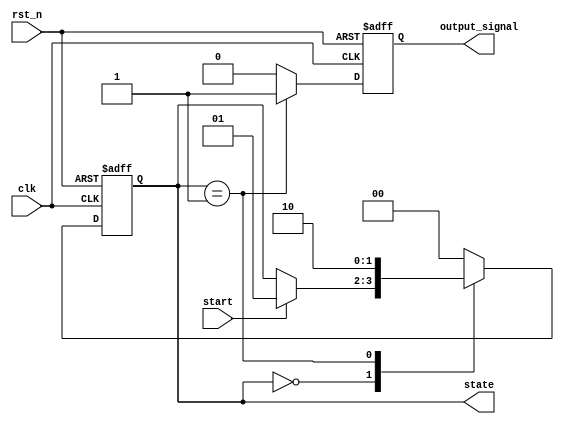
module fsm_example (
    input wire clk,          // Clock signal
    input wire rst_n,       // Active-low reset signal
    input wire start,       // Input signal to start the FSM
    output reg [1:0] state, // Current state of the FSM
    output reg output_signal // Example output signal
);

// State encoding
localparam IDLE   = 2'b00; // Idle state
localparam STATE1 = 2'b01; // State 1
localparam STATE2 = 2'b10; // State 2

// Default State Initialization
always @(posedge clk or negedge rst_n) begin
    if (!rst_n) begin
        // Reset condition: Initialize state and output
        state <= IDLE;          // Set state to IDLE
        output_signal <= 1'b0;  // Initialize output to low
    end else begin
        // State transition logic (example)
        case (state)
            IDLE: begin
                if (start) begin
                    state <= STATE1; // Transition to STATE1 on start
                end
            end
            STATE1: begin
                // Example condition to transition to STATE2
                state <= STATE2; // Transition to STATE2
            end
            STATE2: begin
                // Example condition to return to IDLE
                state <= IDLE; // Transition back to IDLE
            end
            default: begin
                state <= IDLE; // Default case to avoid latches
            end
        endcase
        
        // Output logic based on current state
        case (state)
            IDLE: output_signal <= 1'b0; // Output low in IDLE
            STATE1: output_signal <= 1'b1; // Output high in STATE1
            STATE2: output_signal <= 1'b0; // Output low in STATE2
            default: output_signal <= 1'b0; // Default output
        endcase
    end
end

endmodule